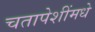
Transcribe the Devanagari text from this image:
चतापेशींमधे